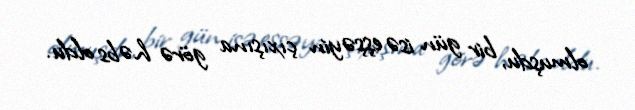
olmuşdu, bir gün isə eşşəyin çıxışına görə həbs oldu.